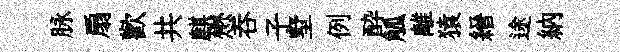
脉扇歡共麒懋呑子墅例酔觚離猿縉途納